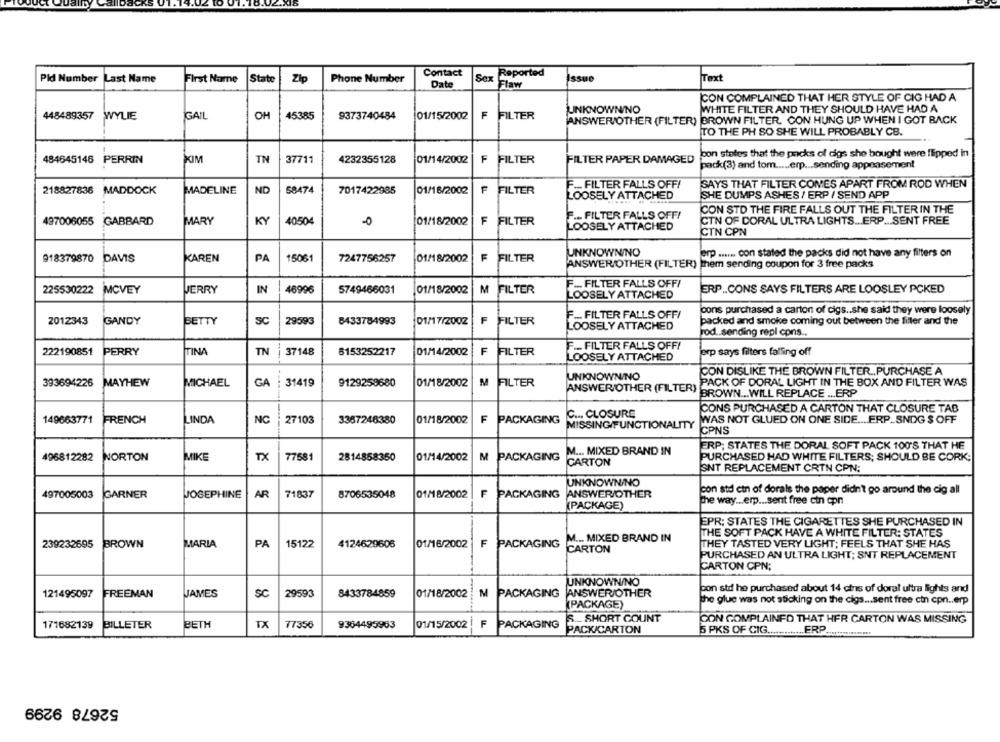
Contact
Reported
Pid Number
Last Name
First Name
State
Zip
Phone Number
Sex
Issue
Text
Date
Flaw
CON COMPLAINED THAT HER STYLE OF CIG HAD A
UNKNOWNINO
WHITE FILTER AND THEY SHOULD HAVE HAD A
448489357
WYLIE
GAIL
OH
45385
9373740484
01/15/2002
F
FILTER
ANSWER/OTHER (FILTER) BROWN FILTER, CON HUNG UP WHEN I GOT BACK
TO THE PH SO SHE WILL PROBABLY CB.
pon states that the packs of digs she bought were flipped in
484645146
PERRIN
KIM
TN
37711
4232355128
01/14/2002 |F FILTER
FILTER PAPER DAMAGED
pack(3) and tom ..... erp ... sending appeasement
F ... FILTER FALLS OFF!
SAYS THAT FILTER COMES APART FROM ROD WHEN
218827836
MADDOCK
MADELINE
ND
58474
7017422985
01/18/2002
F
FILTER
LOOSELY ATTACHED
SHE DUMPS ASHES / ERP / SEND APP
F ... FILTER FALLS OFF!
CON STO THE FIRE FALLS OUT THE FILTER IN THE
497006055
GABBARD
MARY
KY
40504
01/18/2002
F
FILTER
CTN OF CORAL ULTRA LIGHTS ... ERP ... SENT FREE
LOOSELY ATTACHED
CTN CPN
UNKNOWNINO
918379870
DAVIS
KAREN
PA
15061
7247756257
01/18/2002
F
FILTER
erp ..... con stated the packs did not have any filters on
ANSWER/OTHER (FILTER) mem sending coupon for 3 free packs
225530222
MCVEY
JERRY
IN
46996
5749466031
M FILTER
F __. FILTER FALLS OFFI
ERP .. CONS SAYS FILTERS ARE LOOSLEY PCKED
01/18/2002
LOOSELY ATTACHED
pons purchased a carton of cigs .. she said they were loosely
F __. FILTER FALLS OFF!
2012343
GANDY
BETTY
SC
29593
8433784993
01/17/2002
F
FILTER
LOOSELY ATTACHED
packed and smoke coming out between the filler and the
rod .. sending repl cons ..
F ._ FILTER FALLS OFF!
222190851
PERRY
TINA
TN
37148
6153252217
01/14/2002
F FILTER
LOOSELY ATTACHED
ferp says filters falling off
CON DISLIKE THE BROWN FILTER ., PURCHASE A
UNKNOWN/NO
393694226
MAYHEW
MICHAEL
GA
31419
9129259680
01/18/2002
M
FILTER
PACK OF DORAL LIGHT IN THE BOX AND FILTER WAS
ANSWER/OTHER (FILTER)
BROWN ... WILL REPLACE ... ERP
CONS PURCHASED A CARTON THAT CLOSURE TAB
C .., CLOSURE
149663771
FRENCH
LINDA
NC
27103
3367246380
01/18/2002
F
PACKAGING
MISSING/FUNCTIONALITY
WAS NOT GLUED ON ONE SIDE .... FRP_SNDG $ OFF
CPNS
ERP; STATES THE DORAL SOFT PACK 100'S THAT HE
M ... MIXED BRAND IN
496812282
NORTON
MIKE
TX
77581
2814858350
01/14/2002
M
PACKAGING
PURCHASED HAD WHITE FILTERS; SHOULD BE CORK:
CARTON
SNT REPLACEMENT CRIN CPN:
UNKNOWN/NO
con std ein of dorals the paper didn't go around the cig all
497005003
GARNER
JOSEPHINE
AR
71837
8706535048
01/18/2002
F PACKAGING
ANSWER/OTHER
The way ... erp ... sent free cin cpn
(PACKAGE)
EPR: STATES THE CIGARETTES SHE PURCHASED IN
THE SOFT PACK HAVE A WHITE FILTER: STATES
M ... MIXED BRAND IN
239232695
BROWN
MARIA
PA
15122
4124629606
01/16/2002
F PACKAGING
CARTON
THEY TASTED VERY LIGHT; FEELS THAT SHE HAS
PURCHASED AN ULTRA LIGHT; SNT REPLACEMENT
CARTON CPN;
UNKNOWN/NO
121495097
FREEMAN
JAMES
SC
29593
8433784859
01/18/2002
M
PACKAGING
ANSWER/OTHER
con std he purchased about 14 cins of doral ultra lights and
the glue was not sticking on the cigs ... sent free cin cpn .. erp
(PACKAGE)
9364495963
F
S ._ SHORT COUNT
CON COMPLAINED THAT HER CARTON WAS MISSING
171682139
BILLETER
BETH
TX
77356
01/15/2002
PACKAGING
PACK/CARTON
5 PKS OF CIG.
FRP
52678 9299